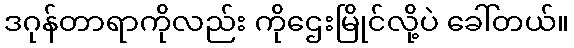
ဒဂုန်တာရာကိုလည်း ကိုဌေးမြိုင်လို့ပဲ ခေါ်တယ်။